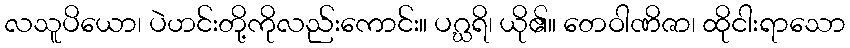
လသူပိယော၊ ပဲဟင်းတို့ကိုလည်းကောင်း။ ပဂ္ဃရိ၊ ယို၏။ တေဝါဏိဇာ၊ ထိုငါးရာသော